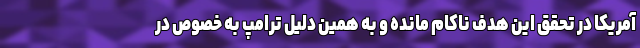
آمریکا در تحقق این هدف ناکام مانده و به همین دلیل ترامپ به خصوص در